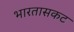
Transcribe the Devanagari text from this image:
भारतासकट